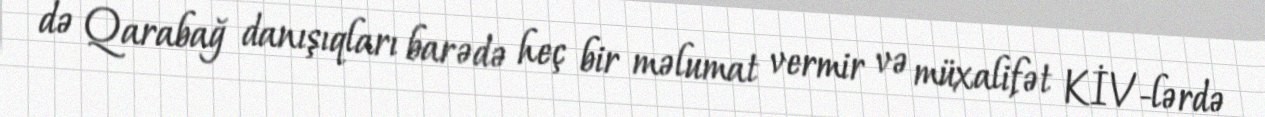
də Qarabağ danışıqları barədə heç bir məlumat vermir və müxalifət KİV-lərdə